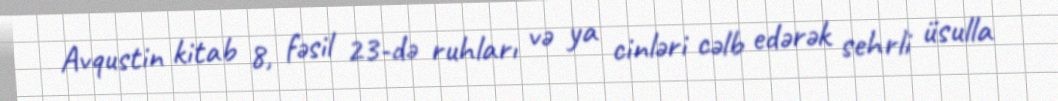
Avqustin kitab 8, fəsil 23-də ruhları və ya cinləri cəlb edərək sehrli üsulla